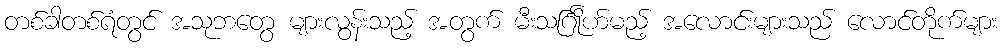
တစ်ခါတစ်ရံတွင် အသုဘတွေ များလွန်းသည့် အတွက် မီးသင်္ဂြိုဟ်မည့် အလောင်းများသည် လောင်တိုက်များ